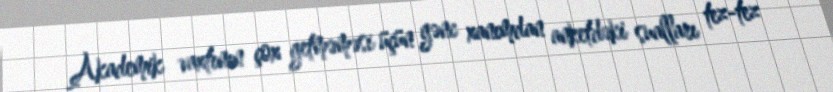
Akademik vaxtının çox getməməsi üçün gənc xanımdan anketdəki sualları tez-tez